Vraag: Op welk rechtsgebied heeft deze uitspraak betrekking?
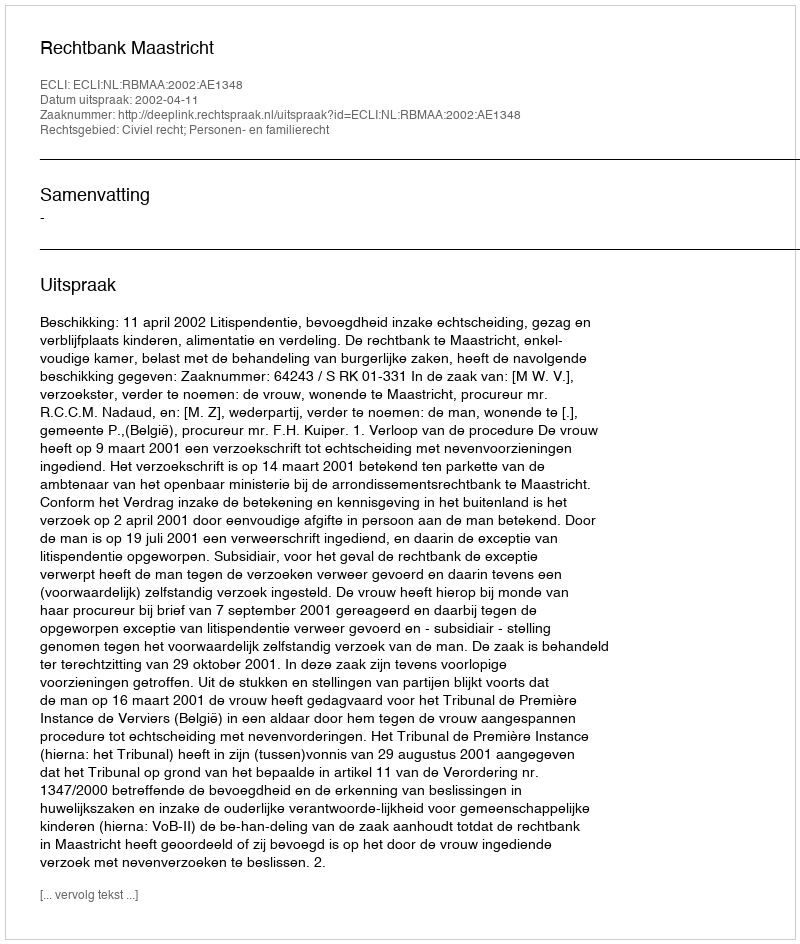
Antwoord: Civiel recht; Personen- en familierecht